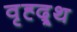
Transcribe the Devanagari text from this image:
वृह्द्र्थ